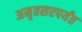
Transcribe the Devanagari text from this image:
अमृतसरपर्यंत